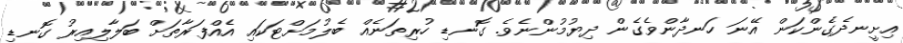
އިށީނދެގެންކަން އޭނަ ހަނދާންވެގެން ދިޔުމުންނެވެ. ގޮނޑި ހުރިތަނެއް ބެލުމަށްޓަކައި އެއްފަރާތަށް ބަލާލިއިރު ގޮނޑި